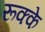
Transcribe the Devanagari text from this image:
रूक्‍के